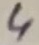
Text: 4